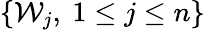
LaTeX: \{ \mathcal{W}_{j},\ 1\leq j\leq n\}